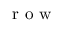
\mathrm { ~ r ~ o ~ w ~ }